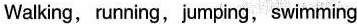
Walking, running,jumping, swimming